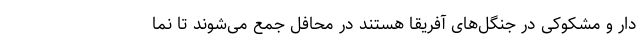
دار و مشکوکی در جنگل‌های آفریقا هستند در محافل جمع می‌شوند تا نما